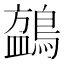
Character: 𬷧